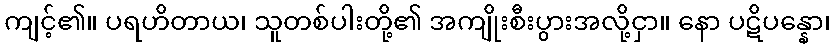
ကျင့်၏။ ပရဟိတာယ၊ သူတစ်ပါးတို့၏ အကျိုးစီးပွားအလို့ငှာ။ နော ပဋိပန္နော၊